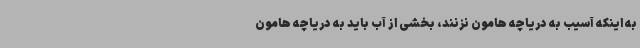
به اینکه آسیب به دریاچه هامون نزنند، بخشی از آب باید به دریاچه هامون